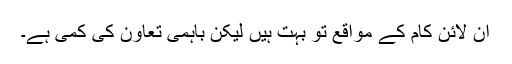
آن لائن کام کے مواقع تو بہت ہیں لیکن باہمی تعاون کی کمی ہے۔